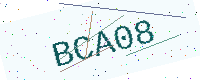
Text: BCA08